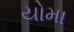
યોમા